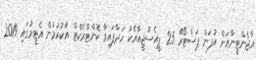
އާޖެންޓީނާއަށް އުފަން ޕަސްޓޯރޭ 25 ޕީއެސްޖީއާއެކު ހަދާފައިވާ ކޮންޓްރެކްޓް އާކުރުމުން އެޓީމުގައި 2019